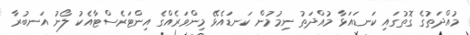
މުއްދަތުގެ ގޮތުގައި ކަނޑައަޅާ މުއްދަތު ނިމުމުން ކަނޑައެޅޭ މިންވަރެއްގެ އިންޓަރެސްޓާއެކު ލޯނު އަނބުރާ